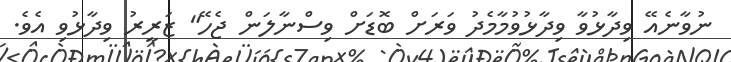
ނުވާނެއޭ ވިދާޅުވާ ވިދާޅުވުމާމެދު ވަރަށް ބޮޑަށް ވިސްނާލަން ޖެހޭ" ޒަރީރު ވިދާޅުވި އެވެ.